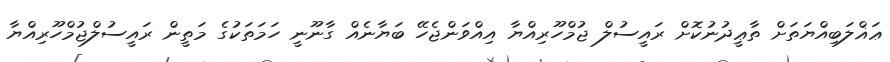
ޢަޣްލަބިއްޔަތަށް ތާޢީދުނުކޮށް ރައީސުލް ޖުމްހޫރިއްޔާ އިއްވަންޖެހޭ ބަޔާނެއް ގާނޫނީ ހަމަތަކުގެ މަތީން ރައީސުލްޖުމްހޫރިއްޔާ